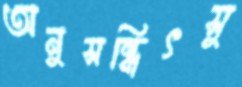
অনুসন্ধিৎসু